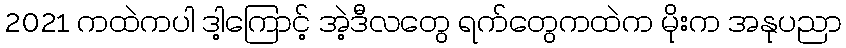
2021 ကထဲကပါ ဒါ့ကြောင့် အဲ့ဒီလတွေ ရက်တွေကထဲက မိုးက အနုပညာ